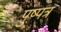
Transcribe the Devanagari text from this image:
पुष्पत्र